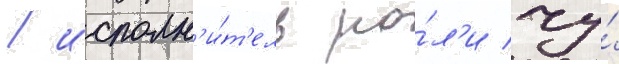
/ исполн'и́т'ель ро́л'и чу́